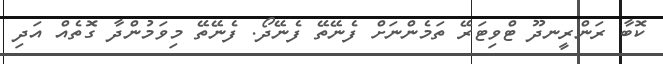
ކޮބާ ރަންރީނދޫ ޓްވިޓަރޭ ތަމެންނަށް ފެނޭތޭ ފެނޭދޯ. ފެނޭތޭ މިވަމުންދާ ގޮތެއް އަދި